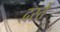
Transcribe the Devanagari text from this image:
दस्तें